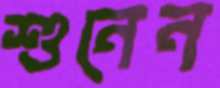
শুনেন